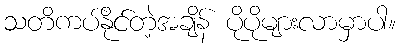
သတိကပ်နိုင်တဲ့အချိန် ပိုပိုများလာမှာပါ။